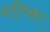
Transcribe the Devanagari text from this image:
शतिका